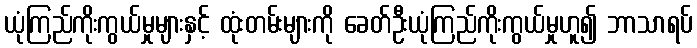
ယုံကြည်ကိုးကွယ်မှုများနှင့် ထုံးတမ်းများကို ခေတ်ဦးယုံကြည်ကိုးကွယ်မှုဟူ၍ ဘာသာရပ်